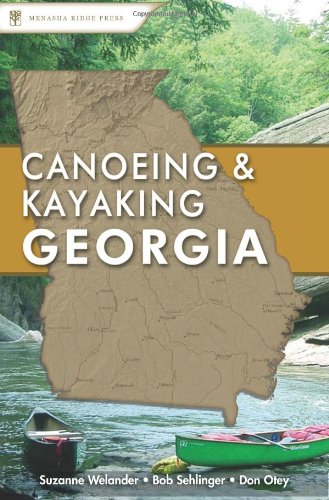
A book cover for Canoeing & Kayaking Georgia (Canoe and Kayak Series); Suzanne Welander; Travel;